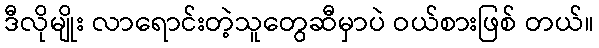
ဒီလိုမျိုး လာရောင်းတဲ့သူတွေဆီမှာပဲ ဝယ်စားဖြစ် တယ်။